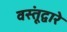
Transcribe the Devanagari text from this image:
वस्तूंद्वारे